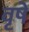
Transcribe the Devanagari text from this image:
वृषे